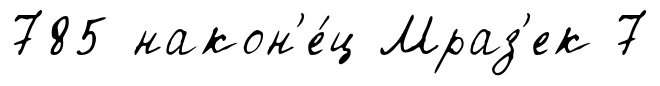
785 након'е́ц Мраз'ек 7